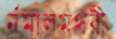
র্নমালমথরী